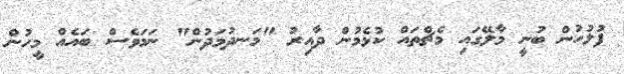
ފުލުހުން ބުނީ މާލޭގައި މެޗްތައް ކުޅެމުން ދާއިރު "މަނދުމަދުން" ނަމަވެސް ބައެއް މީހުން